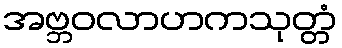
အဗ္ဘဝလာဟကသုတ္တံ